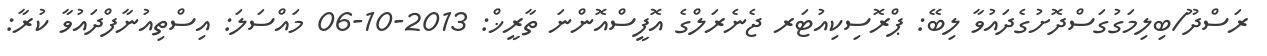
ރަސްދޫ/ބިލިމަގުގަސްދޮށުގެދައުވާ ލިބޭ: ޕްރޮސިކިއުޓަރ ޖެނެރަލްގެ އޮފީސްއޮންނަ ތާރީޚް: 2013-10-06 މައްސަލަ: އިސްތިއުނާފްދައުވާ ކުރާ: